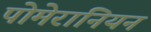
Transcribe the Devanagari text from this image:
पोमेरानियन